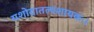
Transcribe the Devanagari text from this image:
यशोदातल्पशायकः।